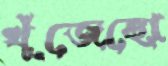
খুঁজেছো